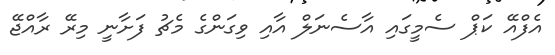
އެފްއޭ ކަޕް ސެމީގައި އާސެނަލް އާއި ވިގަންގެ މެޗު ފަށާނީ މިރޭ ރާއްޖޭ